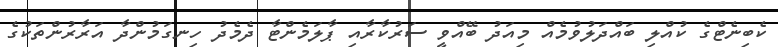
ކެބިނެޓްގެ ކުއްލި ބައްދަލުވުމެއް މިއަދު ބޭއްވީ ސަރުކާރާއި ޕާލަމެންޓާ ދެމެދު ހިނގަމުންދާ އަރާރުންތަކުގެ